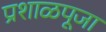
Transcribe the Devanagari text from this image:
प्रशाळपूजा